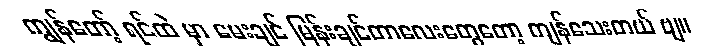
ကျွန်တော့် ရင်ထဲ မှာ မေးချင် မြန်းချင်တာလေးတွေတော့ ကျန်သေးတယ် ဗျ။